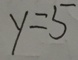
y = 5